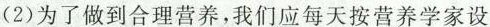
(2)为了做到合理营养，我们应每天按营养学家设